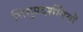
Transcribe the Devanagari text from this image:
शिशुप्रदर्शनियों